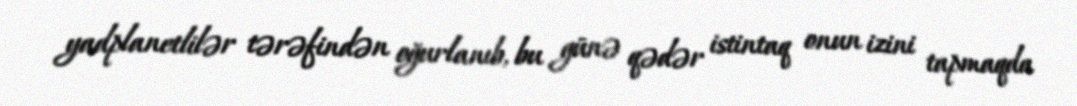
yadplanetlilər tərəfindən oğurlanıb, bu günə qədər istintaq onun izini tapmaqda